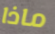
ماذا